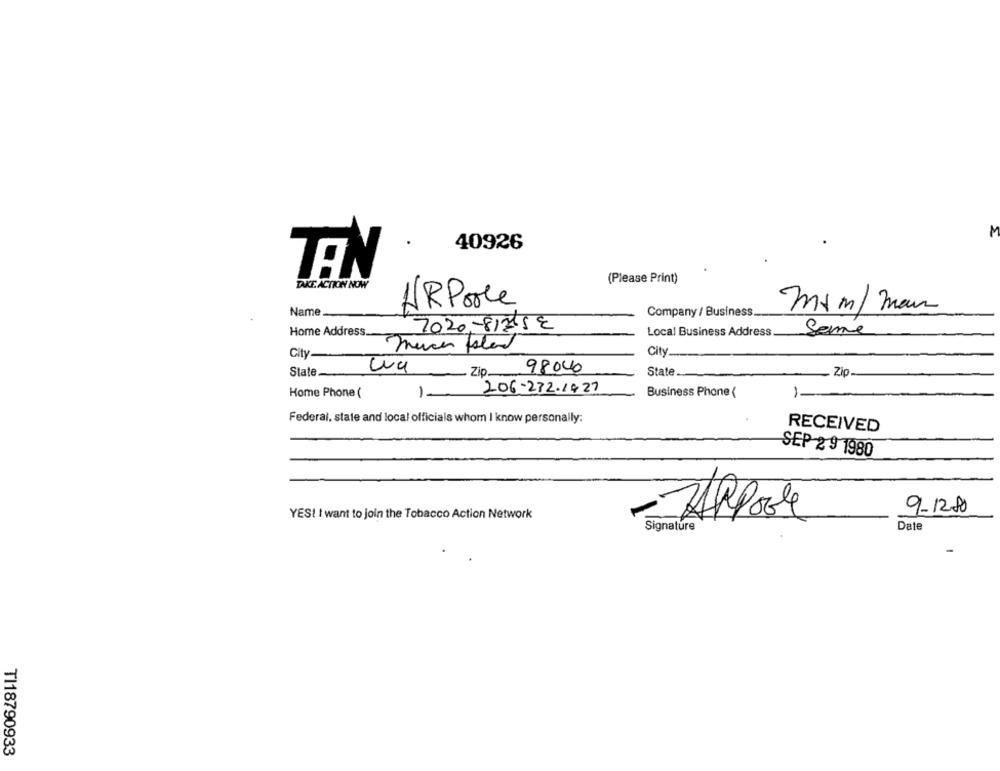
M
40926
TEN
TAKE ACTION NOW
(Please Print)
HR Poole
Name
Company / Business
mrm/ man
Home Address.
7020, 81215E
Seme
Local Business Address
City .........
City
98040
State_
wa Zip.
State
Zip
Home Phone (
1-
206-232.1427
Business Phone (
1-
Federal, state and local officials whom I know personally:
RECEIVED
SEP 2 9 1980
9-12-80
YES! I want to join the Tobacco Action Network
ApPoste
Signature
Date
TI18790933